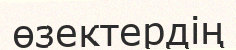
өзектердің